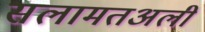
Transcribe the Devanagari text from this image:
सलामतअली